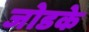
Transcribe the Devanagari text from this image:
जोडके